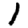
Digit: 1